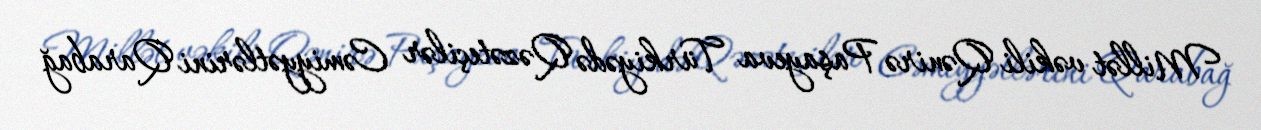
Millət vəkili Qənirə Paşayeva Türkiyədə Qəzəteçilər Cəmiyyətlərini Qarabağ